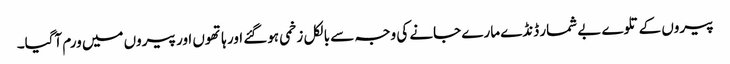
پیروں کے تلوے بے شمار ڈنڈے مارے جانے کی وجہ سے بالکل زخمی ہوگئے اور ہاتھوں اور پیروں میں ورم آگیا۔